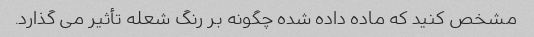
مشخص کنید که ماده داده شده چگونه بر رنگ شعله تأثیر می گذارد.